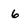
Character: 6